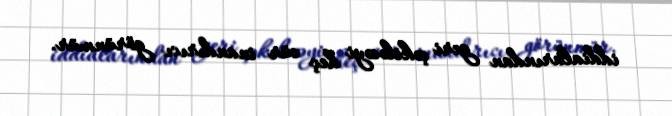
iddialarından geri çəkiləcəyi heç cür inandırıcı görünmür.